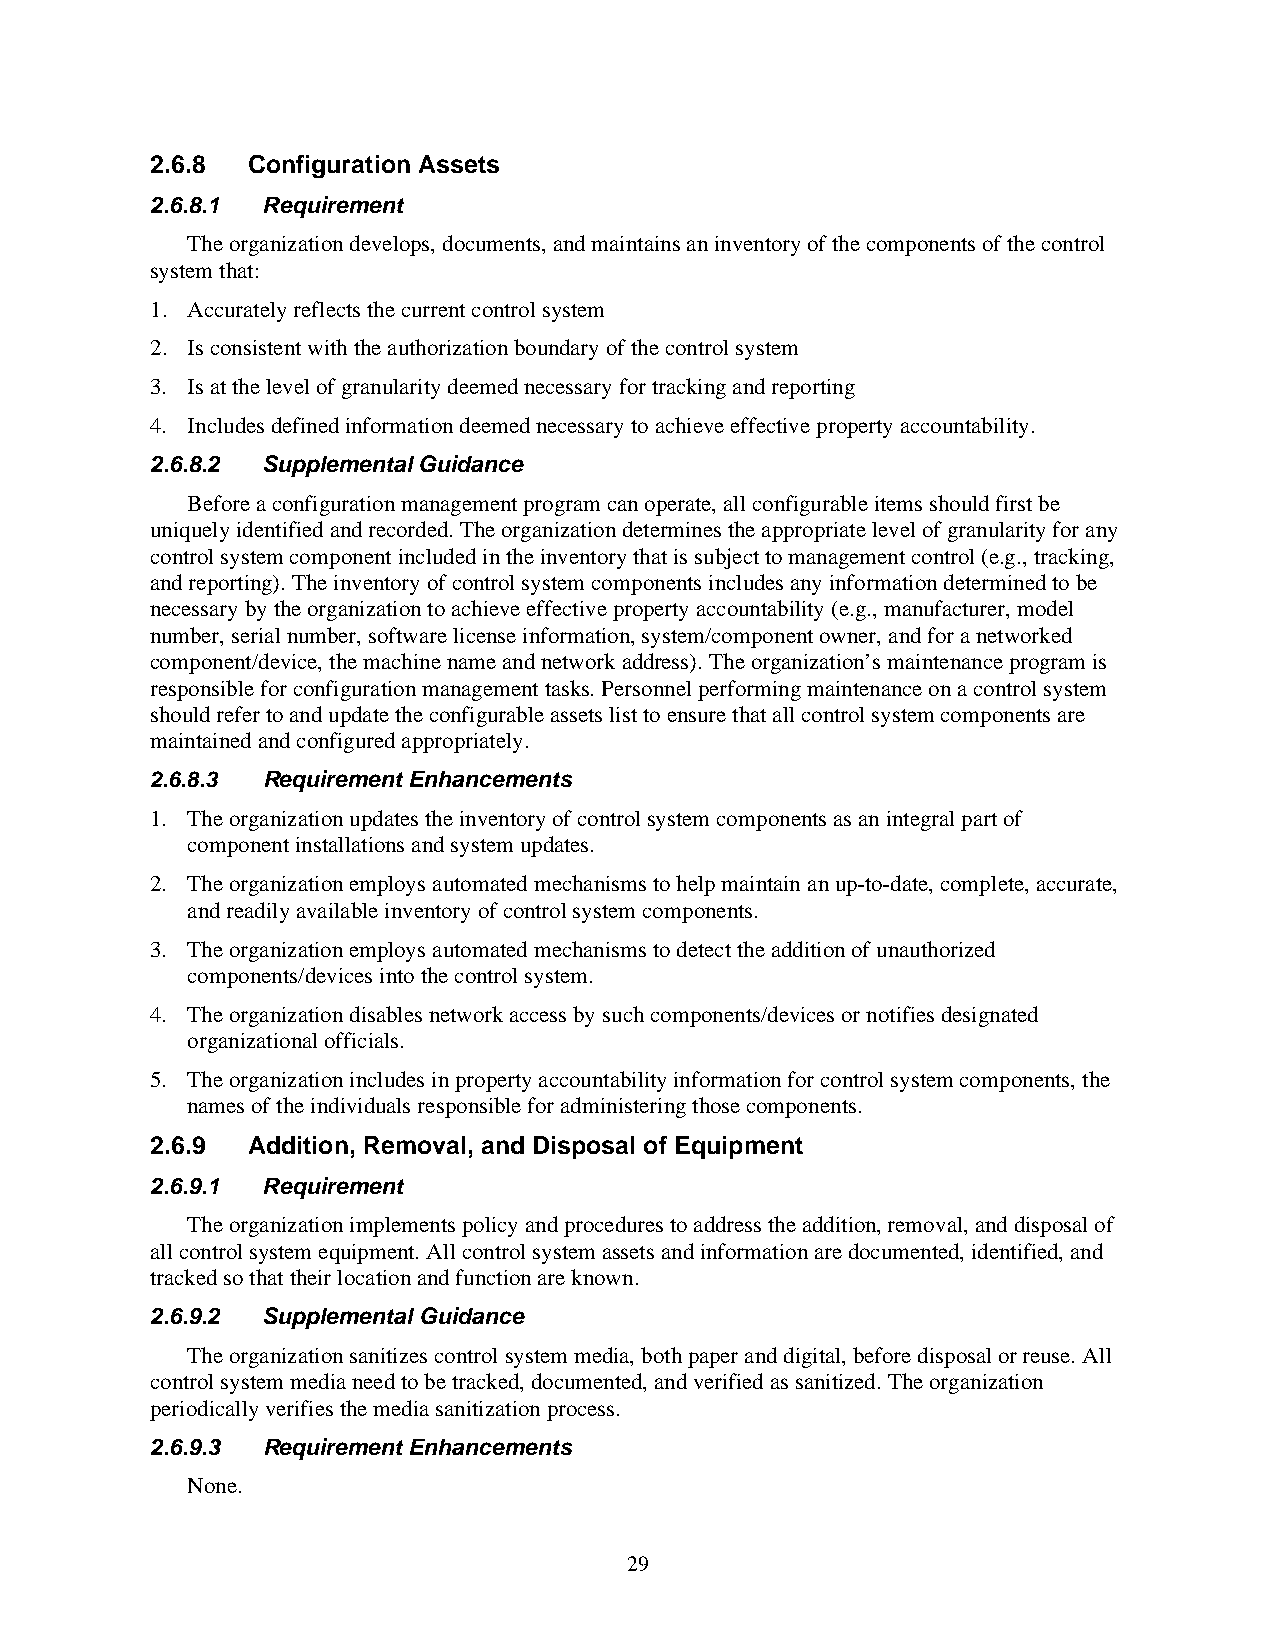
2.6.8 Configuration Assets
 2.6.8.1 Requirement
 The organization develops, documents, and maintains an inventory of the components of the control
 system that:
 1. Accurately reflects the current control system
 2. Is consistent with the authorization boundary of the control system
 3. Is at the level of granularity deemed necessary for tracking and reporting
 4. Includes defined information deemed necessary to achieve effective property accountability.
 2.6.8.2 Supplemental Guidance
 Before a configuration management program can operate, all configurable items should first be
 uniquely identified and recorded. The organization determines the appropriate level of granularity for any
 control system component included in the inventory that is subject to management control (e.g., tracking,
 and reporting). The inventory of control system components includes any information determined to be
 necessary by the organization to achieve effective property accountability (e.g., manufacturer, model
 number, serial number, software license information, system/component owner, and for a networked
 component/device, the machine name and network address). The organization’s maintenance program is
 responsible for configuration management tasks. Personnel performing maintenance on a control system
 should refer to and update the configurable assets list to ensure that all control system components are
 maintained and configured appropriately.
 2.6.8.3 Requirement Enhancements
 1. The organization updates the inventory of control system components as an integral part of
 component installations and system updates.
 2. The organization employs automated mechanisms to help maintain an up-to-date, complete, accurate,
 and readily available inventory of control system components.
 3. The organization employs automated mechanisms to detect the addition of unauthorized
 components/devices into the control system.
 4. The organization disables network access by such components/devices or notifies designated
 organizational officials.
 5. The organization includes in property accountability information for control system components, the
 names of the individuals responsible for administering those components.
 2.6.9 Addition, Removal, and Disposal of Equipment
 2.6.9.1 Requirement
 The organization implements policy and procedures to address the addition, removal, and disposal of
 all control system equipment. All control system assets and information are documented, identified, and
 tracked so that their location and function are known.
 2.6.9.2 Supplemental Guidance
 The organization sanitizes control system media, both paper and digital, before disposal or reuse. All
 control system media need to be tracked, documented, and verified as sanitized. The organization
 periodically verifies the media sanitization process.
 2.6.9.3 Requirement Enhancements
 None.
 29